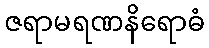
ဇရာမရဏနိရောဓံ